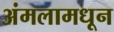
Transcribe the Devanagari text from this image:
अंमलामधून